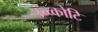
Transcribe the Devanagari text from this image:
उच्च्कोटि